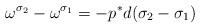
LaTeX: \begin{align*}\omega^{\sigma_2} - \omega^{\sigma_1} = - p^* d(\sigma_2 - \sigma_1)\end{align*}